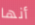
أنها